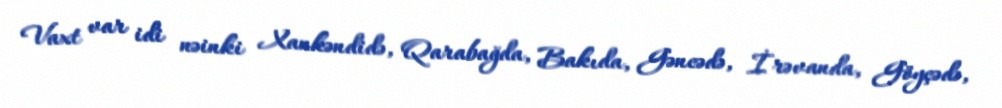
Vaxt var idi nəinki Xankəndidə, Qarabağda, Bakıda, Gəncədə, İrəvanda, Göyçədə,